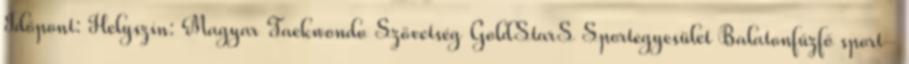
Időpont: Helyszín: Magyar Taekwondo Szövetség GoldStarS Sportegyesület Balatonfűzfő sport-